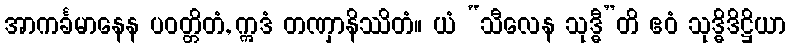
အာကင်္ခမာနေန ပဝတ္တိတံ, ဣဒံ တဏှာနိဿိတံ။ ယံ “သီလေန သုဒ္ဓီ”တိ ဧဝံ သုဒ္ဓိဒိဋ္ဌိယာ